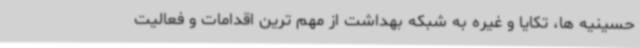
حسینیه ها، تکایا و غیره به شبکه بهداشت از مهم ترین اقدامات و فعالیت